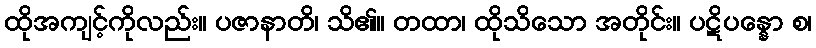
ထိုအကျင့်ကိုလည်း။ ပဇာနာတိ၊ သိ၏။ တထာ၊ ထိုသိသော အတိုင်း။ ပဋိပန္နော စ၊